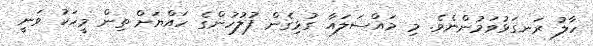
ހާލު ރަނގަޅުވަމުންނެވެ. މި މައްސަލައާ ގުޅިގެން ފުލުހުންގެ ހައްޔަށް ތިން މީހަކު ވަނީ